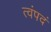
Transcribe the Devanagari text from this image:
त्वंपदं